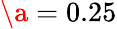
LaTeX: \a=0.25